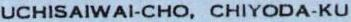
UCHISAIWAI-CHO, CHIYODA-KU